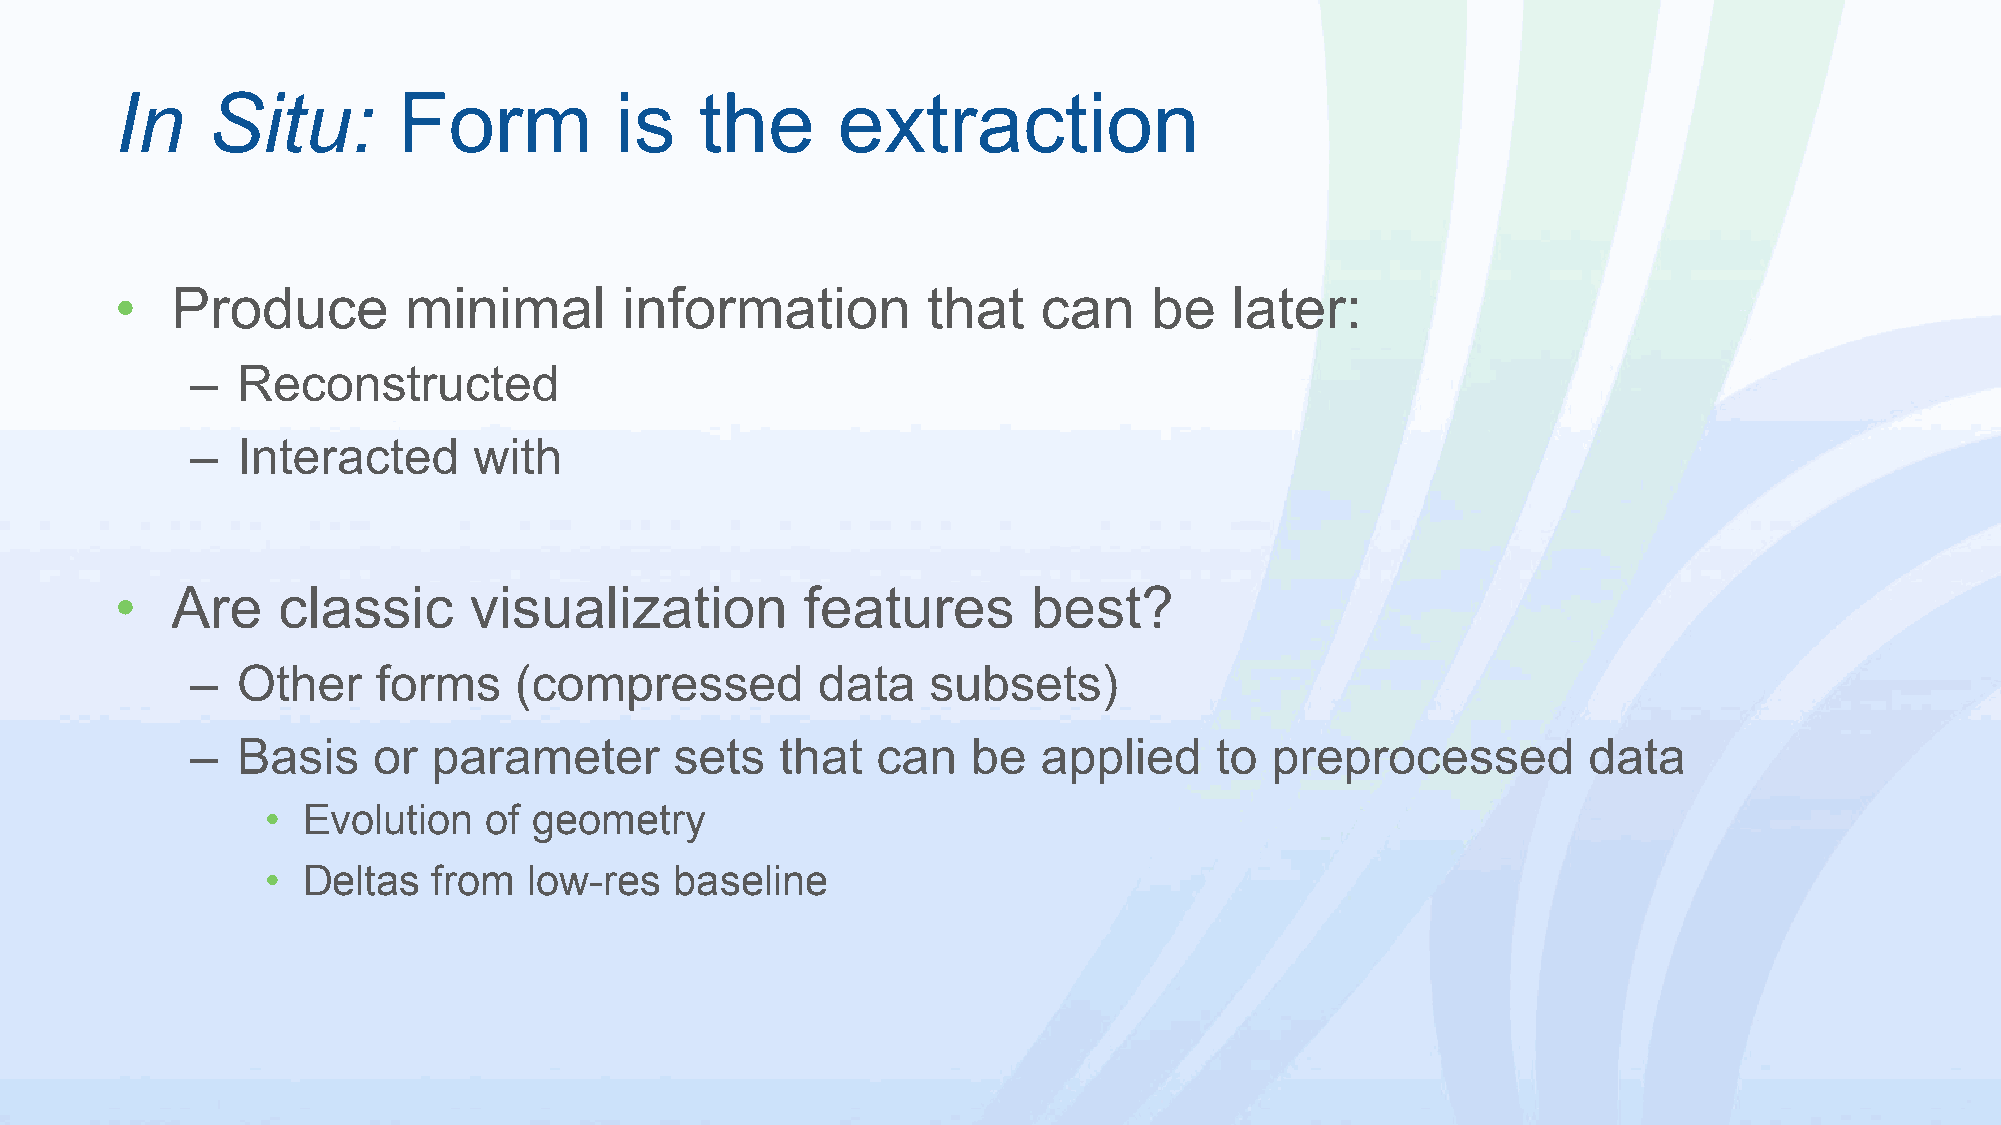
In    Situ:       Form           is   the      extraction
 •  Produce         minimal       information         that    can    be    later:
 –  Reconstructed
 –  Interacted     with
 •  Are    classic      visualization         features       best?
 –  Other    forms    (compressed         data   subsets)
 –  Basis    or  parameter       sets   that  can   be   applied    to  preprocessed         data
 • Evolution   of geometry
 • Deltas   from  low-res   baseline